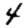
Digit: 4